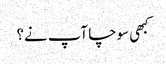
کبھی سوچا آپ نے؟